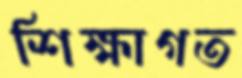
শিক্ষাগত